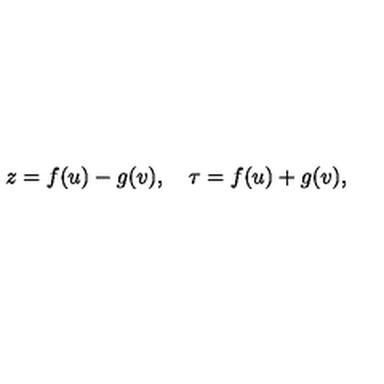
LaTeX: z = f ( u ) - g ( v ) , \quad \tau = f ( u ) + g ( v ) ,